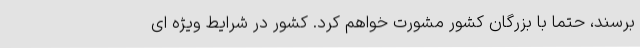
برسند، حتما با بزرگان کشور مشورت خواهم کرد. کشور در شرایط ویژه ای